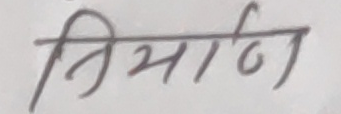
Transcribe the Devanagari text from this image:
निर्माण